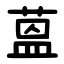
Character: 蒕